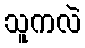
သူကလဲ